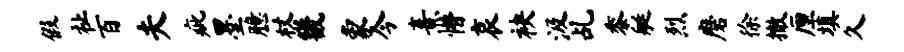
假祉百夫疵墨臆杖畿象今熹懵哀袂汲乩黍艇烈磨徐撤厘填久